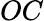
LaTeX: OC